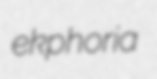
ekphoria